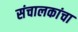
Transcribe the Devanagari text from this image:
संचालकांचा